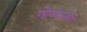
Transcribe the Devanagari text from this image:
गोव्यातही